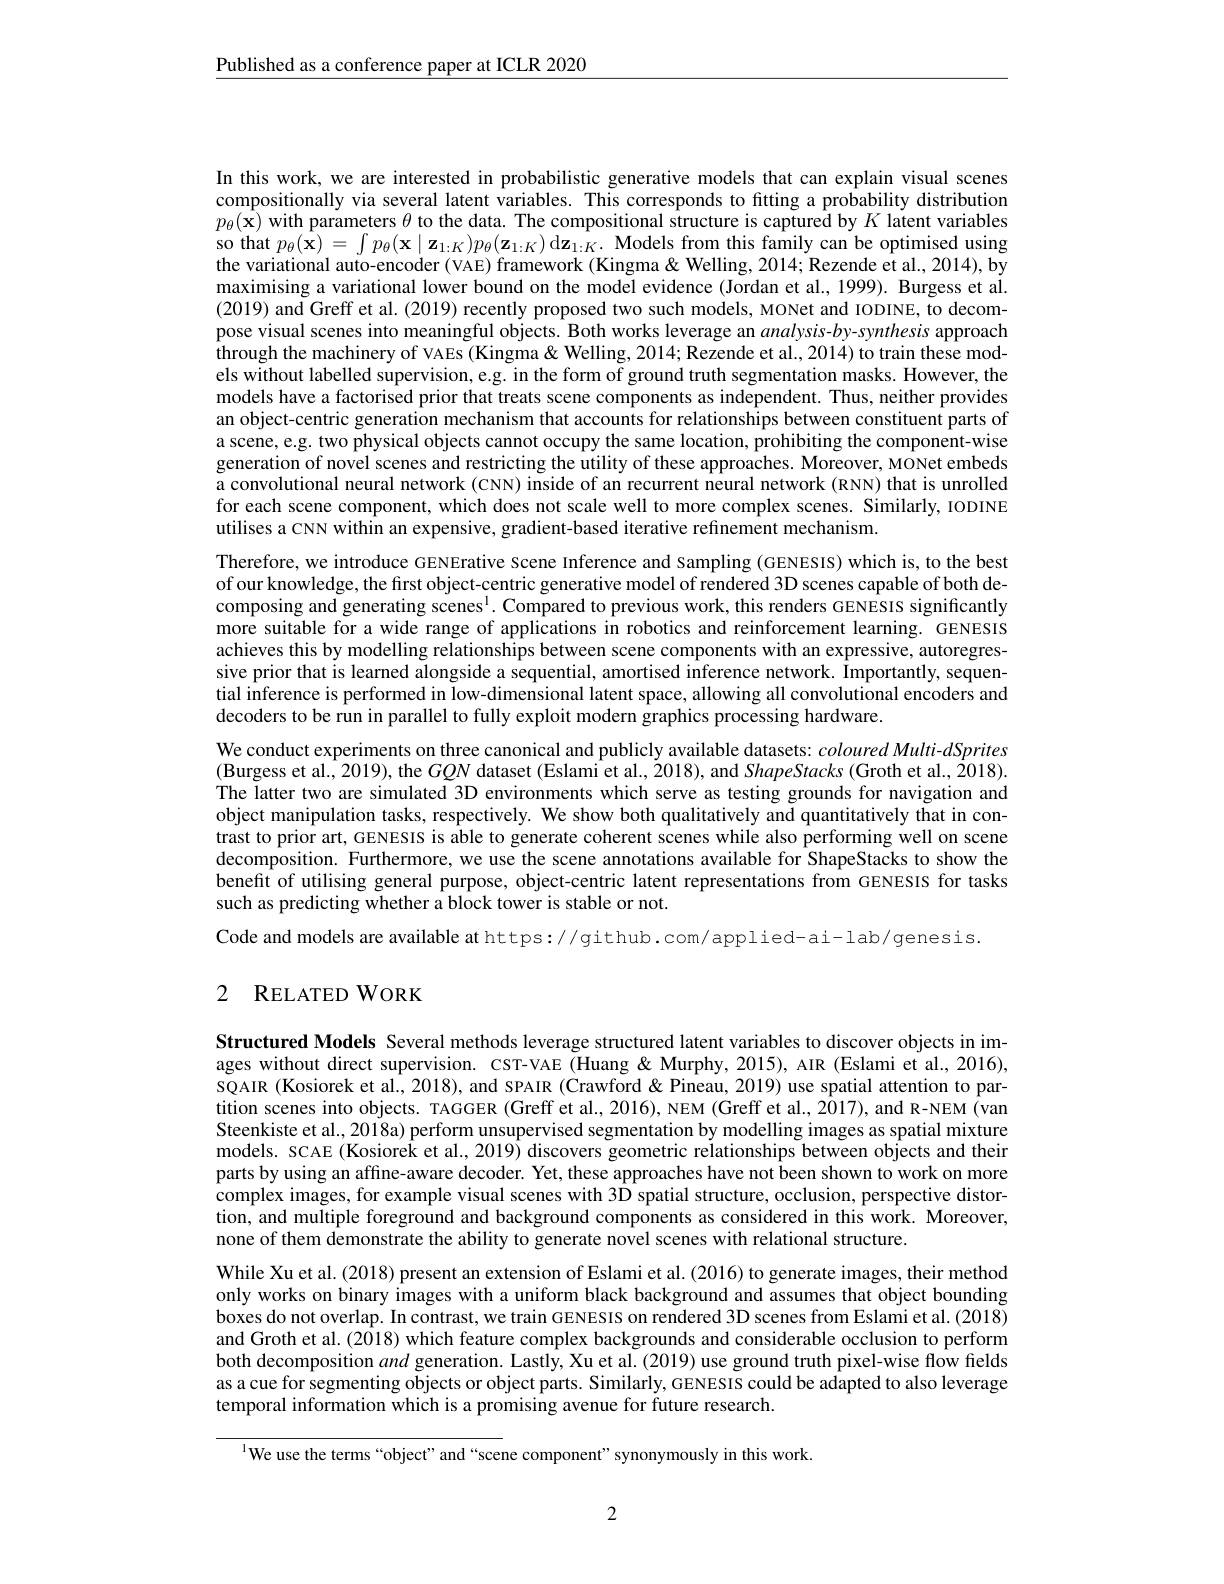
$\underline{\text{Published as a conference paper at ICLR 2020}}$

In this work, we are interested in probabilistic generative models that can explain visual scenes compositionally via several latent variables. This corresponds to fitting a probability distribution $p_{\theta}(\mathbf{x})$ with parameters $\theta$ to the data. The compositional structure is captured by $K$ latent variables so that $p_\theta(\hat{\mathbf{x}})=\int p_\theta(\mathbf{x}\mid\mathbf{z}_{1:K})p_\theta(\mathbf{z}_{1:K})$d$\hat{\mathbf{z}}_{1:K}.$ Models from this family can be optimised using the variational auto-encoder (VAE) framework (Kingma & Welling, 2014; Rezende et al., 2014), by maximising a variational lower bound on the model evidence (Jordan et al., 1999). Burgess et al. (2019) anđ Greff et al. (2019) recently proposed two such models, MoNet and IODINE, to decompose visual scenes into meaningful objects. Both works leverage an analysis-by-synthesis approach through the machinery of VAEs (Kingma& Welling, 2014; Rezende et al., 2014) to train these models without labelled supervision, e.g. in the form of ground truth segmentation masks. However, the models have a factorised prior that treats scene components as independent. Thus, neither provides an object-centric generation mechanism that accounts for relationships between constituent parts of a scene, e.g. two physical objects cannot occupy the same location, prohibiting the component-wise generation of novel scenes and restricting the utility of these approaches. Moreover, MONet embeds a convolutional neural network (CNN) inside of an recurrent neural network (RNN) that is unrolled for each scene component, which does not scale well to more complex scenes. Similarly, IODINE utilises a CNN within an expensive, gradient-based iterative refinement mechanism.
Therefore, we introduce GENErative Scene Inference and Sampling (GENESIS) which is, to the best of our knowledge, the first object-centric generative model of rendered 3D scenes capable of both decomposing and generating scenes$^1.$ Compared to previous work, this renders GENESIS significantly more suitable for a wide range of applications in robotics and reinforcement learning. GENESIS achieves this by modelling relationships between scene components with an expressive, autoregressive prior that is learned alongside a sequential, amortised inference network. Importantly, sequential inference is performed in low-dimensional latent space, allowing all convolutional encoders and decoders to be run in parallel to fully exploit modern graphics processing hardware.
We conduct experiments on three canonical and publicly available datasets: coloured Multi-dSprites (Burgess et al., 2019), the $GQN$ dataset (Eslami et al., 2018), and ShapeStacks (Groth et al., 2018). The latter two are simulated 3D environments which serve as testing grounds for navigation and object manipulation tasks, respectively. We show both qualitatively and quantitatively that in contrast to prior art, GENESIS is able to generate coherent scenes while also performing well on scene decomposition. Furthermore, we use the scene annotations available for ShapeStacks to show the benefit of utilising general purpose, object-centric latent representations from GENESIS for tasks such as predicting whether a block tower is stable or not.
Code and models are available at https://github.com/applied-ai-lab/genesis.

2 RELATED WORK

Structured Models Several methods leverage structured latent variables to discover objects in images without direct supervision. CST-VAE (Huang&Murphy,2015), AIR (Eslami et al., 2016), SQAIR (Kosiorek et al., 2018), and SPAIR (Crawford &Pineau, 2019) use spatial attention to partition scenes into objects. TAGGER (Greff et al., 2016), NEM (Greff et al., 2017), and R-NEM (van Steenkiste et al., 2018a) perform unsupervised segmentation by modelling images as spatial mixture models. SCAE (Kosiorek et al., 2019) discovers geometric relationships between objects and their parts by using an affine-aware decoder. Yet, these approaches have not been shown to work on more complex images, for example visual scenes with 3D spatial structure, occlusion, perspective distortion, and multiple foreground and background components as considered in this work. Moreover, none of them demonstrate the ability to generate novel scenes with relational structure.
While Xu et al. (2018) present an extension of Eslami et al. (2016) to generate images, their method only works on binary images with a uniform black background and assumes that object bounding boxes do not overlap. In contrast, we train GENESIS on rendered 3D scenes from Eslami et al. (2018) and Groth et al. (2018) which feature complex backgrounds and considerable occlusion to perform both decomposition and generation. Lastly, Xu et al. (2019) use ground truth pixel-wise flow fields as a cue for segmenting objects or object parts. Similarly, GENESIS could be adapted to also leverage temporal information which is a promising avenue for future research.

$^{\text{l}}$We use the terms“object”and“scene component" synonymously in this work.

2